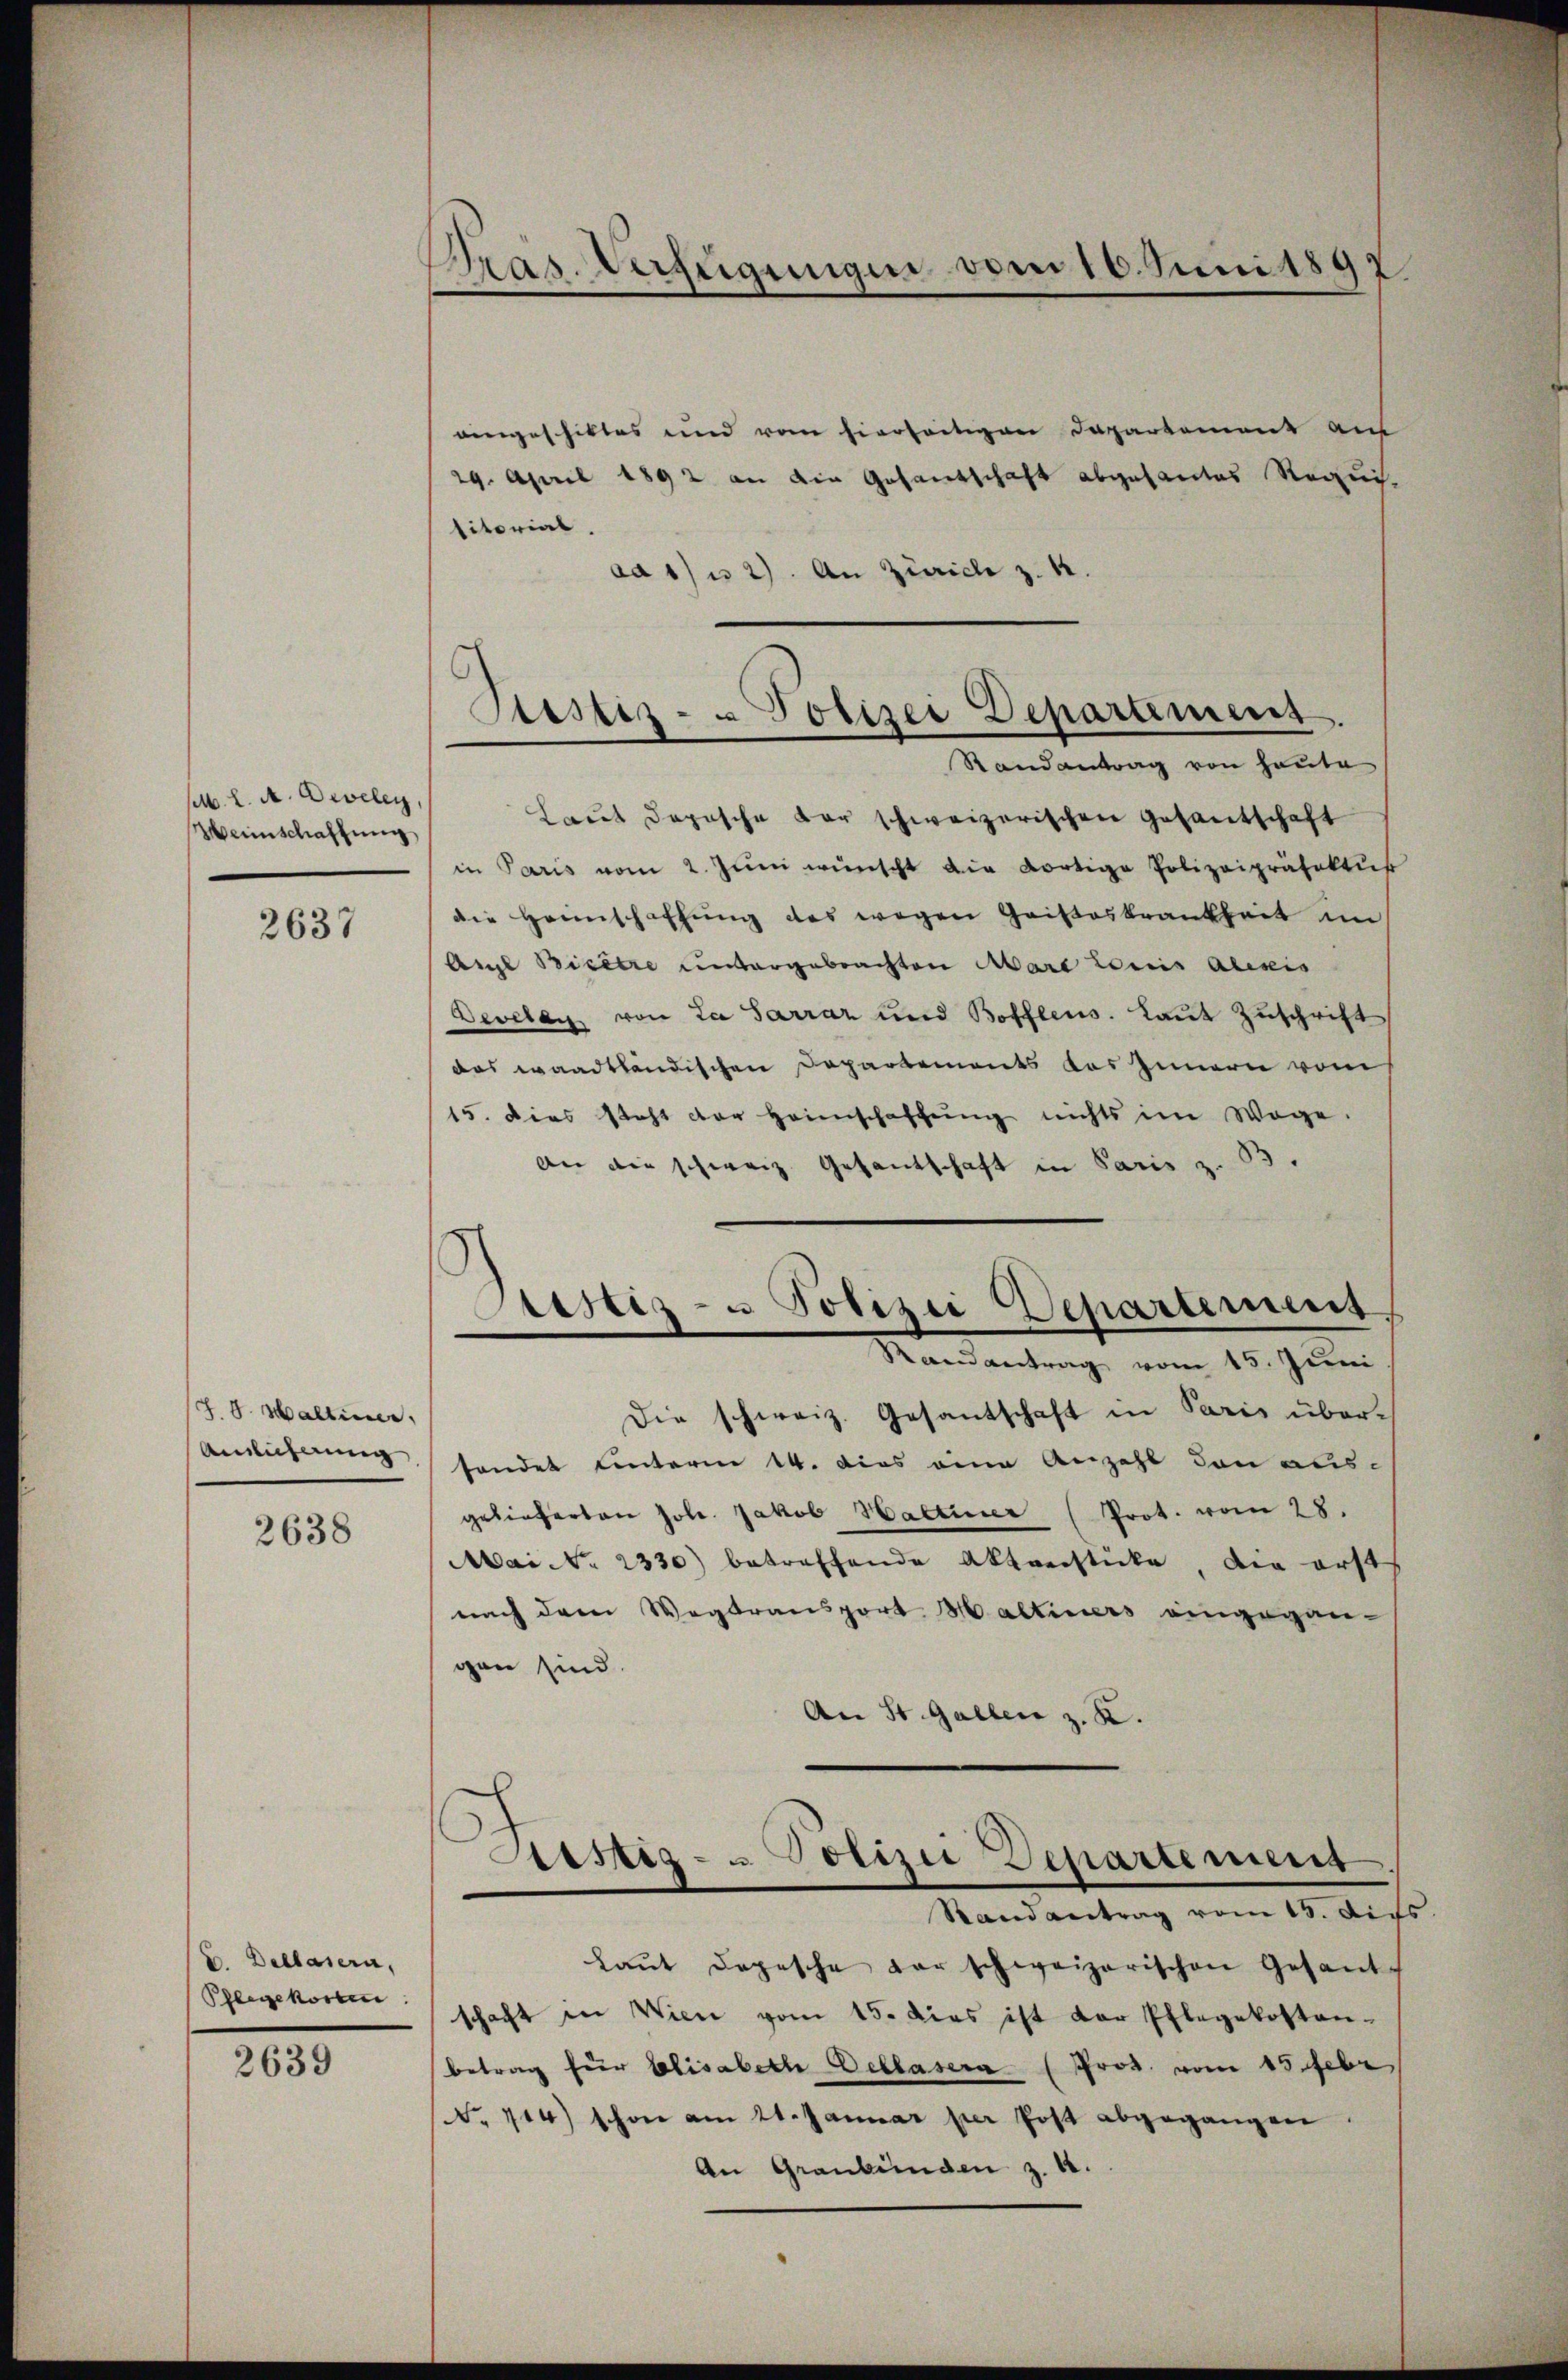
sl. L. A. Develey,
Weinschaffung

2637

d. 8. Maltener,
Amlicherung

2638

(C. Deblasern,
Phlegekosten

2639

Pras. Verfügungen vom 16. Juni 1892

Justiz- & Polizei Departement.

eingeschiktes und vom hierseitigen Departement aus
29. April 1892 an die Gesandschaft abgesantes Requis-
titorial.
aa 1) u 2). An Zürich z. B.
Randantrag von heute
Laut dopische der schweizerischen Gesantschaft
in Paris vom 2. Jŭni wünscht die dortige Polizeipräfektus
die Heimschaffŭng des wegen Gaisteskrankheit im
Augl Bicitre untergebrachten Mare Louis Alexis
Develag von La Sarraz und Boffleus. Laut Zuschrift
das waadtländischen Departements das Innern vom
15. Dies steht der Heimschaffung nichts im Wege
An die schweiz. Gesantschaft in Paris z. B.
Randantrag vom 15. Juni
Die schweiz. Gesantschaft in Paris über-
sendet unterm 14. dies eine Anzahl den aus-
gelieferten Joh. Jakob Hartiner (Prot. vom 28.
Mai d. 2330) betreffende Aktverstücke, die erst
nach dem Wegbransport Halteners eingegan-
gen sind.
An St. Gallen z. K.
Justiz- & Polizei Departement
Randantrag vom 15. die
Laŭt Depesche der schweizerischen Gesant-
schaft in Wien vom 15. dies ist der Pflegekosten-
betrag für Elisabeth Dellasera (Prod. vom 15. Febr.
No 114) schon am 21. Januar per Post abgegangen.
An Graubünden z. 4

Sirsetz- u Polizei Departement,